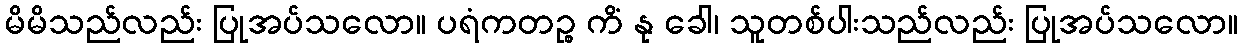
မိမိသည်လည်း ပြုအပ်သလော။ ပရံကတဉ္စ ကိံ နု ခေါ၊ သူတစ်ပါးသည်လည်း ပြုအပ်သလော။